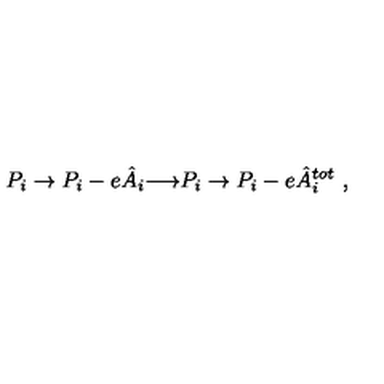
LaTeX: P _ { i } \to P _ { i } - e \hat { A } _ { i } { \bf { \longrightarrow } } P _ { i } \to P _ { i } - e \hat { A } _ { i } ^ { t o t } \ ,